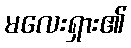
မလေးရှား၏